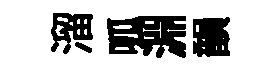
溜呱淵韻